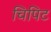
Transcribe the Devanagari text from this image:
चिपिट